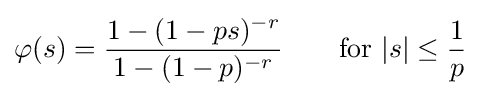
\varphi (s)={\frac {1-(1-ps)^{-r}}{1-(1-p)^{-r}}}\qquad {\text{for }}|s|\leq {\frac {1}{p}}